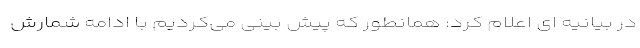
در بیانیه ای اعلام کرد: همانطور که پیش بینی می‌کردیم با ادامه شمارش